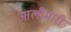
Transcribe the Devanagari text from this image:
आलीमारी